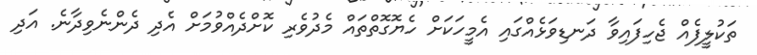
ތަކުލީފެއް ޖެހިފައިވާ ދަނޑިވަޅެއްގައި އެމީހަކަށް ހެޔޮގޮތްތައް މެދުވެރި ކޮށްދެއްވުމަށް އެދި ދެންނެވިދާނެ. އަދި